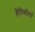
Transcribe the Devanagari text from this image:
हैलिकॉप्टर्स